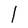
Character: 1